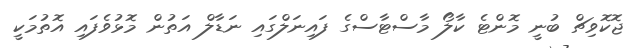
ޖޮކޮވިޗް ބުނީ މޮންޓެ ކާލޯ މާސްޓާސްގެ ފައިނަލްގައި ނަޑާލް އަތުން މޮޅުވެފައި އޮތުމަކީ